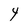
Character: Y